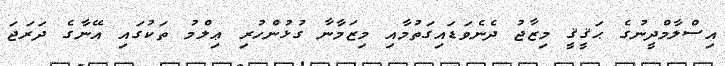
އިސްލާމްދީނުގެ ޙަޤީޤީ މިޒާޖު ދެނެވަޑައިގަތުމާއި މިޒަމާނާ ގުޅުންހުރި ޢިލްމު ތަކުގައި އޭނާގެ ދަރަޖަ